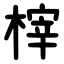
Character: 榟